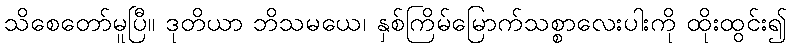
သိစေတော်မူပြီ။ ဒုတိယာ ဘိသမယေ၊ နှစ်ကြိမ်မြောက်သစ္စာလေးပါးကို ထိုးထွင်း၍